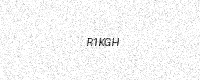
Text: R1KGH